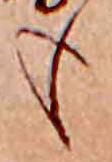
も